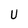
Character: U